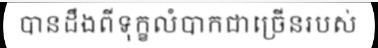
បានដឹងពីទុក្ខលំបាកជាច្រើនរបស់